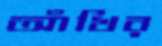
আঁখির